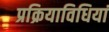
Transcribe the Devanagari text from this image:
प्रक्रियाविधियां